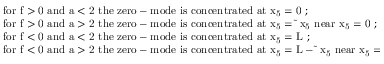
\begin{array} { l } { { \mathrm { f o r ~ f > 0 ~ a n d ~ a < 2 ~ t h e ~ z e r o - m o d e ~ i s ~ c o n c e n t r a t e d ~ a t ~ x _ { 5 } = 0 ~ ; } } } \\ { { \mathrm { f o r ~ f > 0 ~ a n d ~ a > 2 ~ t h e ~ z e r o - m o d e ~ i s ~ c o n c e n t r a t e d ~ a t ~ x _ { 5 } = \tilde { ~ } x _ { 5 } ~ n e a r ~ x _ { 5 } = 0 ~ ; } } } \\ { { \mathrm { f o r ~ f < 0 ~ a n d ~ a < 2 ~ t h e ~ z e r o - m o d e ~ i s ~ c o n c e n t r a t e d ~ a t ~ x _ { 5 } = L ~ ; } } } \\ { { \mathrm { f o r ~ f < 0 ~ a n d ~ a > 2 ~ t h e ~ z e r o - m o d e ~ i s ~ c o n c e n t r a t e d ~ a t ~ x _ { 5 } = L - \tilde { ~ } x _ { 5 } ~ n e a r ~ x _ { 5 } = L ~ . } } } \end{array}